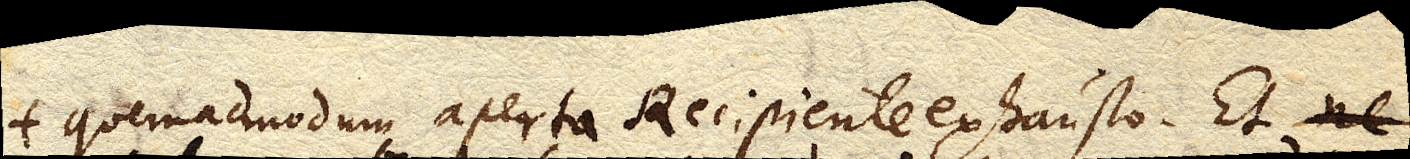
quemadmodum aperto Recipiente exhausto. Et